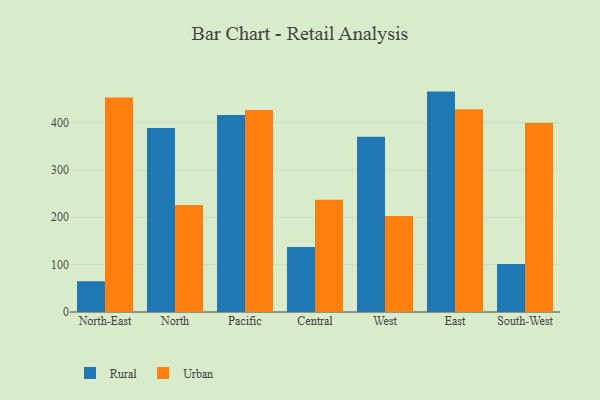
{"axis": {"x": "Region", "y": "Market Share (%)"}, "legend": ["Rural", "Urban"], "data": [{"x": "North-East", "y": 64.9, "type": "Rural"}, {"x": "North-East", "y": 453.0, "type": "Urban"}, {"x": "North", "y": 388.6, "type": "Rural"}, {"x": "North", "y": 226.0, "type": "Urban"}, {"x": "Pacific", "y": 415.7, "type": "Rural"}, {"x": "Pacific", "y": 426.2, "type": "Urban"}, {"x": "Central", "y": 137.4, "type": "Rural"}, {"x": "Central", "y": 237.2, "type": "Urban"}, {"x": "West", "y": 369.8, "type": "Rural"}, {"x": "West", "y": 202.9, "type": "Urban"}, {"x": "East", "y": 465.3, "type": "Rural"}, {"x": "East", "y": 428.2, "type": "Urban"}, {"x": "South-West", "y": 101.1, "type": "Rural"}, {"x": "South-West", "y": 399.2, "type": "Urban"}]}